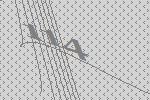
114